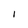
Character: I